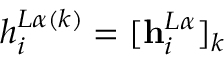
h _ { i } ^ { L \alpha ( k ) } = [ \mathbf { h } _ { i } ^ { L \alpha } ] _ { k }